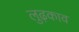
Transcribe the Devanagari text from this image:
लुढ़काव